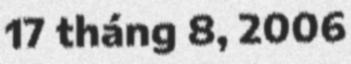
17 tháng 8, 2006